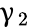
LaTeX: \upgamma_{2}